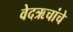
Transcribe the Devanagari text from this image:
वेदऋचांचे